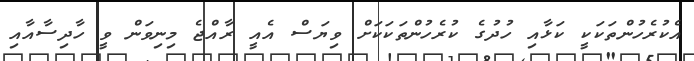
އެކުރެހުންތަކަކީ ކަޅާއި ހުދުގެ ކުރެހުންތަކަކަށް ވިޔަސް އެއީ ރާއްޖެ މިނިވަން ވީ ހާދިސާއާއި